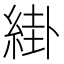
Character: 𦁊